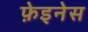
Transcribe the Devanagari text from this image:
फ़ेइनेस